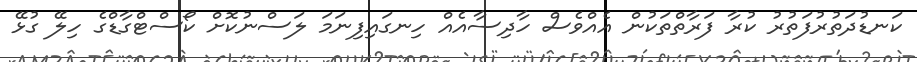
ކަނޑުދަތުރުފަތުރު ކުރާ ފަރާތްތަކުން އެއްވެސް ހާދިސާއެއް ހިނގައިފިނަމަ ލަސްނުކޮށް ކޯސްޓްގާޑްގެ ހިލޭ ގުޅޭ